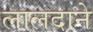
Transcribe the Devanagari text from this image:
लालदाने